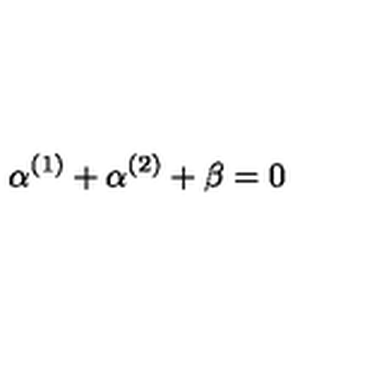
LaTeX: \alpha ^ { ( 1 ) } + \alpha ^ { ( 2 ) } + \beta = 0